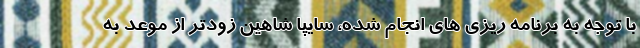
با توجه به برنامه ریزی های انجام شده، سایپا شاهین زودتر از موعد به